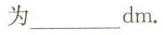
为___dm.